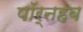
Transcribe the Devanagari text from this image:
पॉर्नहब